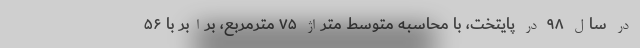
در سال ۹۸ در پایتخت، با محاسبه متوسط متراژ ۷۵ مترمربع، برابر با ۵۶